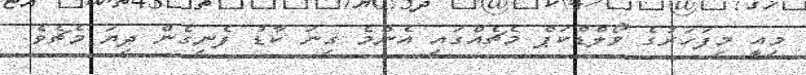
މިއީ މިފަހަރުގެ ވޯލްޑްކަޕް މެޗެއްގައި އެންމެ ގިނަ ކާޑު ފެނިގެން ދިޔަ މެޗެވެ.